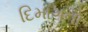
દિમાગનો